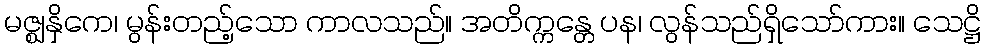
မဇ္ဈနှိကေ၊ မွန်းတည့်သော ကာလသည်။ အတိက္ကန္တေ ပန၊ လွန်သည်ရှိသော်ကား။ သေဋ္ဌိ